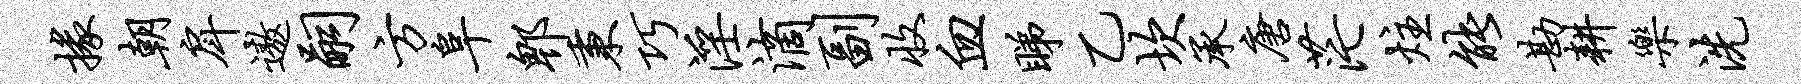
掾朝戽遨嗣方阜郫秉巧淫滴副收血睇乙坎承唐茫炷能勘耕乐洗